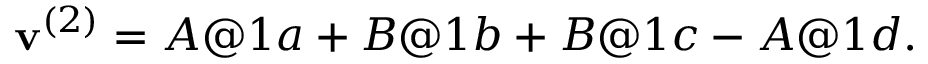
\begin{array} { r } { \mathbf { v } ^ { ( 2 ) } = A @ 1 a + B @ 1 b + B @ 1 c - A @ 1 d . } \end{array}